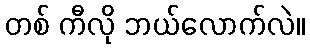
တစ် ကီလို ဘယ်လောက်လဲ။